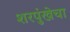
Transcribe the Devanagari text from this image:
शरपुंखेचा